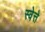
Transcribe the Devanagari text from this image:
स्वेत्ते